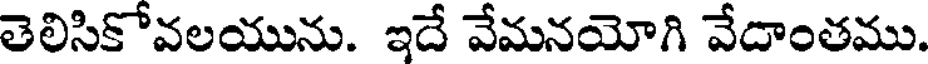
తెలిసికోవలయును. ఇదే వేమనయోగి వేదాంతము.